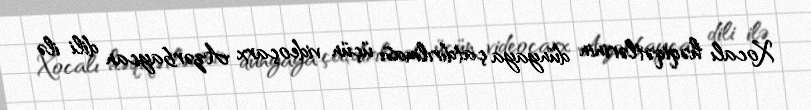
Xocalı həqiqətlərinin dünyaya çatdırılması üçün videoçarx Azərbaycan dili ilə